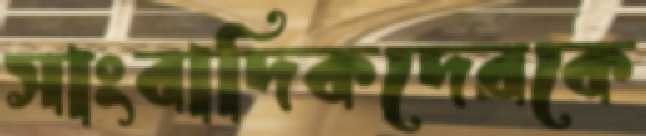
সাংবাদিকদেরকে